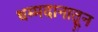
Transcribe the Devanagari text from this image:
धम्मदानातून